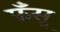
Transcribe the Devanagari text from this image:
फँसू